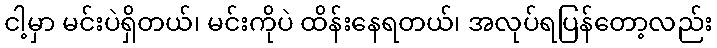
ငါ့မှာ မင်းပဲရှိတယ်၊ မင်းကိုပဲ ထိန်းနေရတယ်၊ အလုပ်ရပြန်တော့လည်း